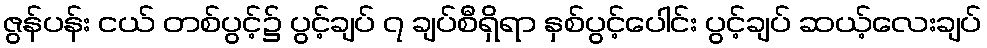
ဇွန်ပန်း ငယ် တစ်ပွင့်၌ ပွင့်ချပ် ၇ ချပ်စီရှိရာ နှစ်ပွင့်ပေါင်း ပွင့်ချပ် ဆယ့်လေးချပ်